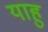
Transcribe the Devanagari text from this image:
याहु